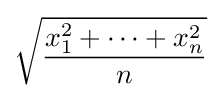
{\sqrt {\frac {x_{1}^{2}+\dots +x_{n}^{2}}{n}}}